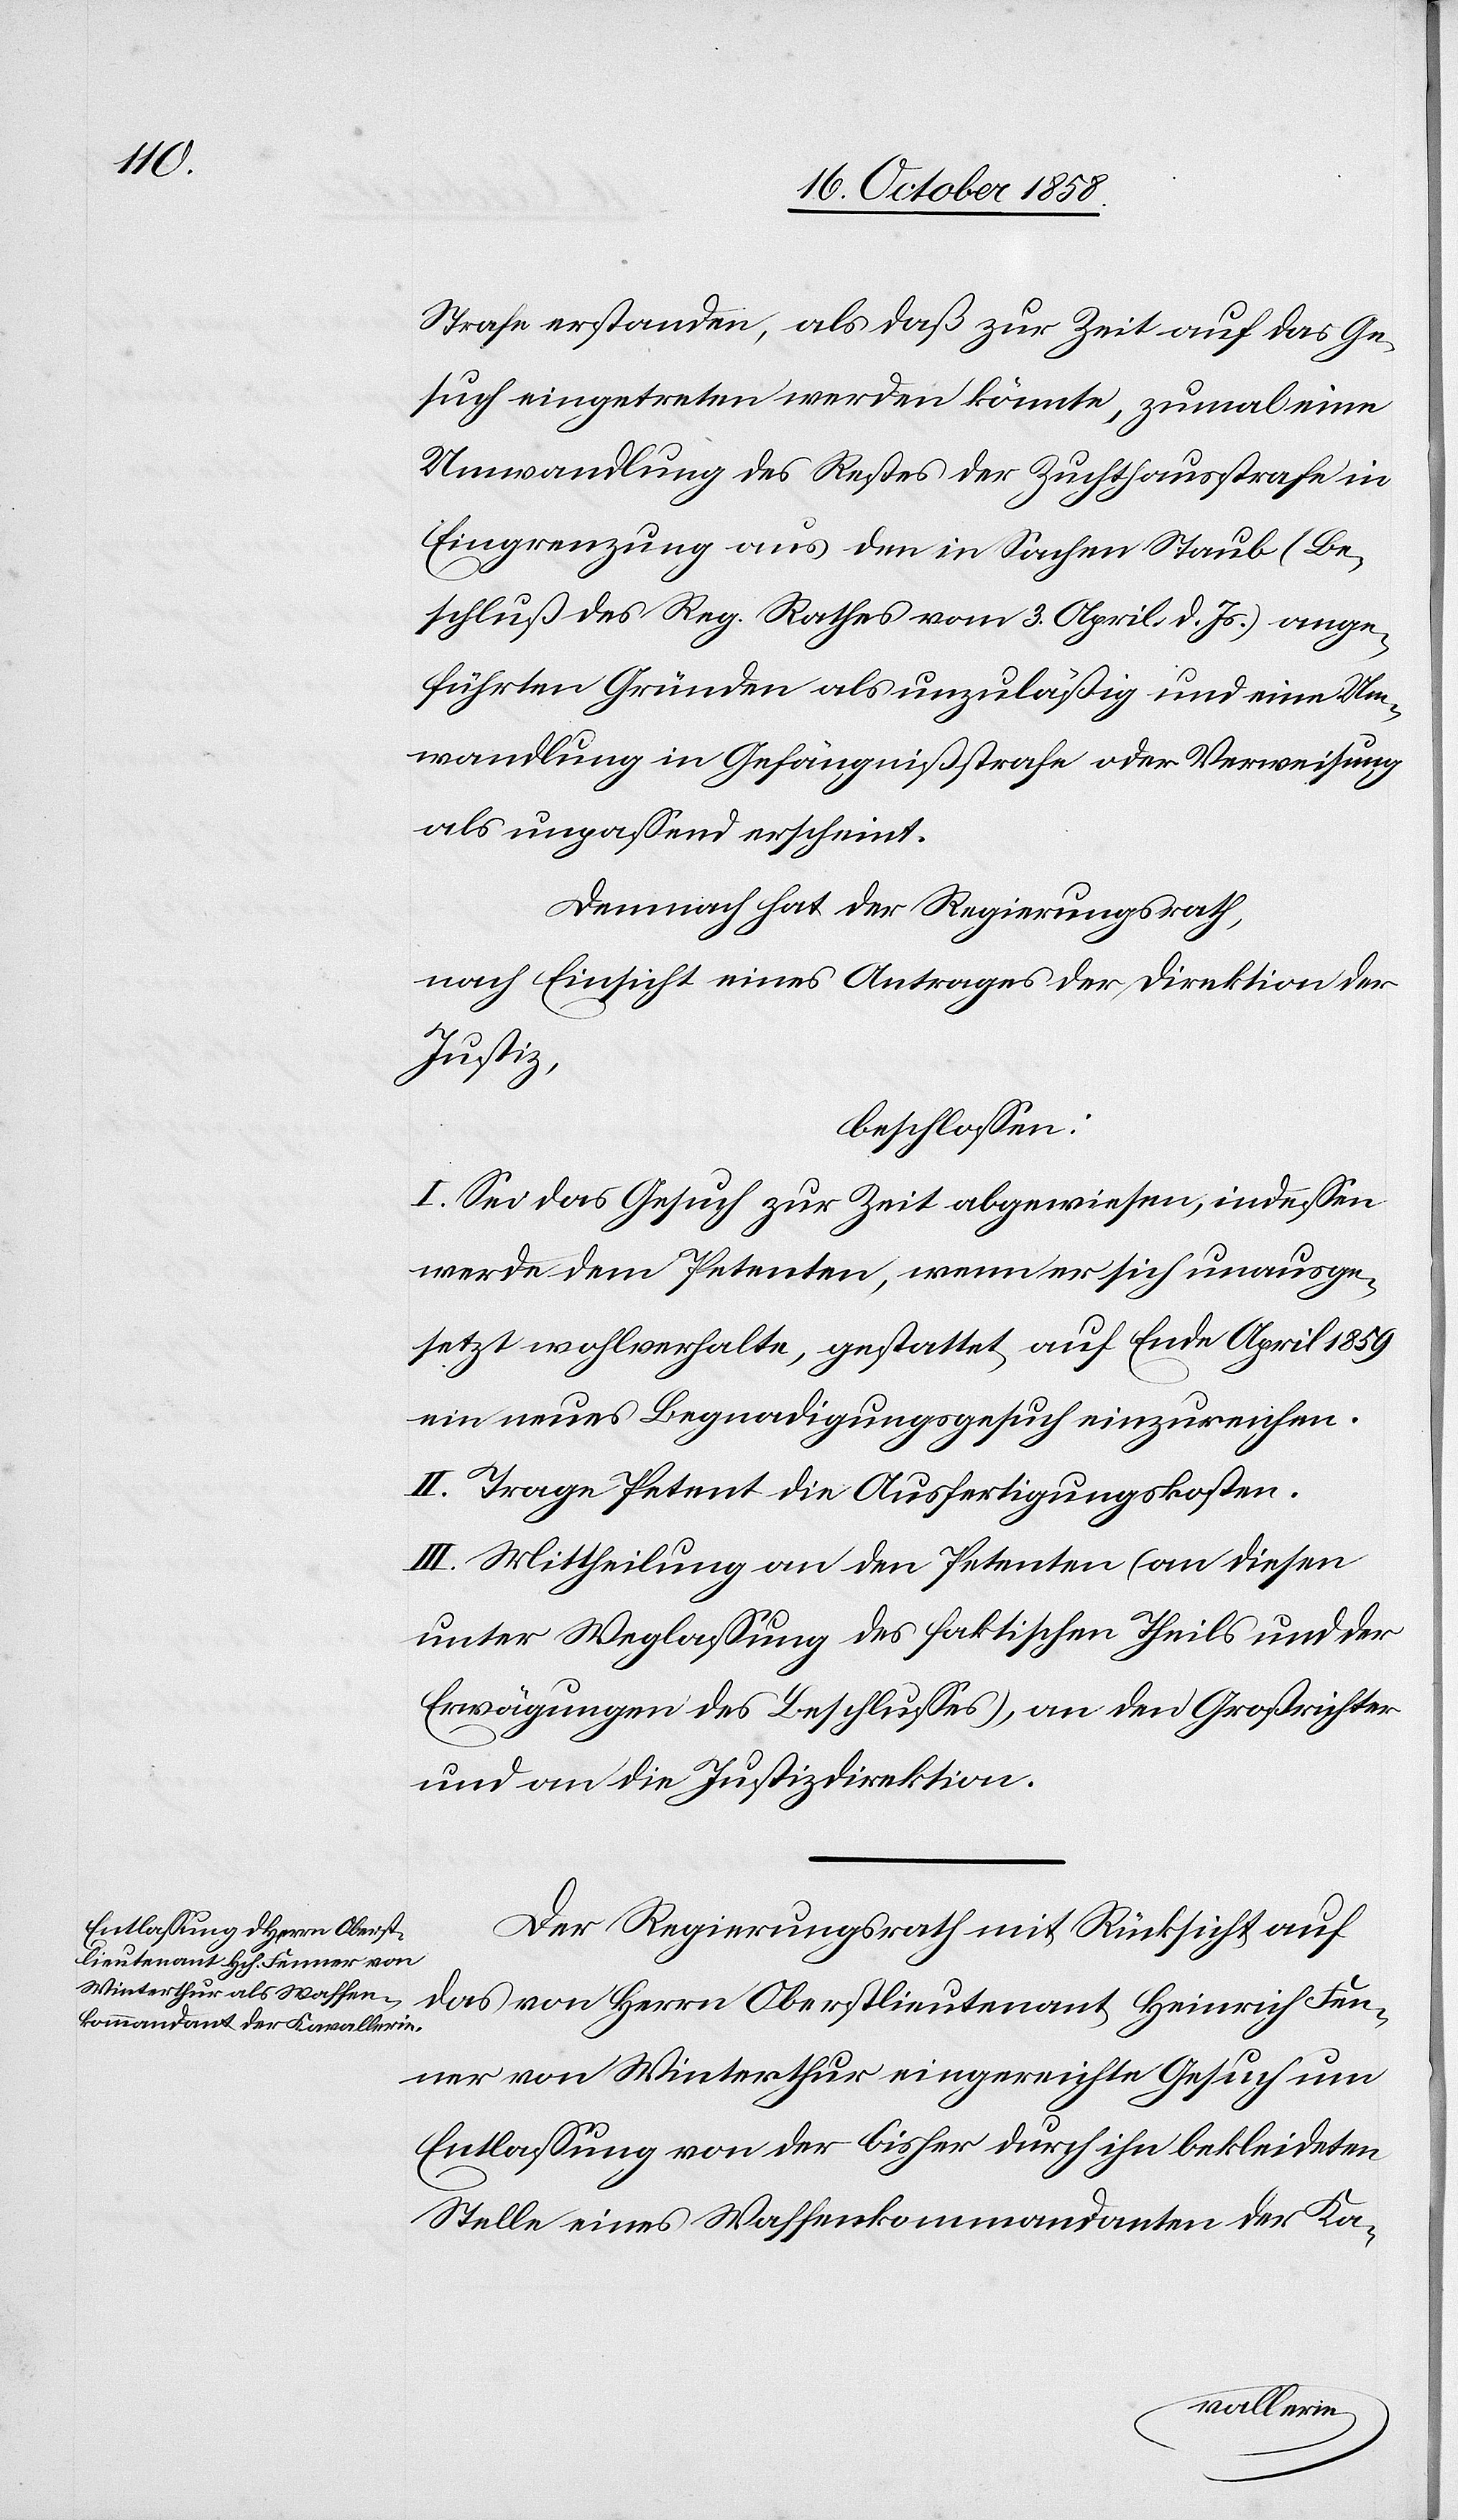
Strafe erstanden, als daß zur Zeit auf das Ge¬
such eingetreten werden könnte, zumal eine
Umwandlung des Restes der Zuchthausstrafe in
Eingrenzung aus den in Sachen Staub (Be¬
schluß des Reg. Rathes vom 3. April d. Js.) ange¬
führten Gründen als unzuläßig und eine Um¬
wandlung in Gefängnißstrafe oder Verweisung
als unpassend erscheint.
Demnach hat der Regierungsrath,
nach Einsicht eines Antrages der Direktion der
Justiz,
beschlossen:
I. Sei das Gesuch zur Zeit abgewiesen, indessen
werde dem Petenten, wenn er sich unausge¬
setzt wohlverhalte, gestattet, auf Ende April 1859
ein neues Begnadigungsgesuch einzureichen.
II. Trage Petent die Ausfertigungskosten.
III. Mittheilung an den Petenten (an diesen
unter Weglassung des faktischen Theils und der
Erwägungen des Beschlusses), an den Großrichter
und an die Justizdirektion.
Der Regierungsrath mit Rücksicht auf
das von Herrn Oberstlieutenant Heinrich Fen¬
ner von Winterthur eingereichte Gesuch um
Entlassung von der bisher durch ihn bekleideten
Stelle eines Waffenkommandanten der Ka-